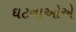
ઘટનાઓએ